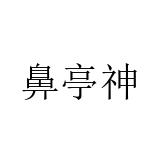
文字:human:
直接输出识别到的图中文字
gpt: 鼻亭神